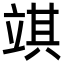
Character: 𥪓